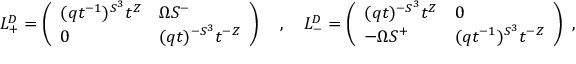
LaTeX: L _ { + } ^ { D } = \left( \begin{array} { l l } { { ( q t ^ { - 1 } ) ^ { S ^ { 3 } } t ^ { Z } } } & { { \Omega S ^ { - } } } \\ { { 0 } } & { { ( q t ) ^ { - S ^ { 3 } } t ^ { - Z } } } \end{array} \right) \ \ \ , \ \ \ L _ { - } ^ { D } = \left( \begin{array} { l l } { { ( q t ) ^ { - S ^ { 3 } } t ^ { Z } } } & { { 0 } } \\ { { - \Omega S ^ { + } } } & { { ( q t ^ { - 1 } ) ^ { S ^ { 3 } } t ^ { - Z } } } \end{array} \right) \ ,